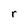
Character: r